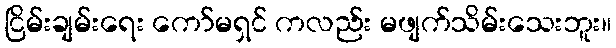
ငြိမ်းချမ်းရေး ကော်မရှင် ကလည်း မဖျက်သိမ်းသေးဘူး။